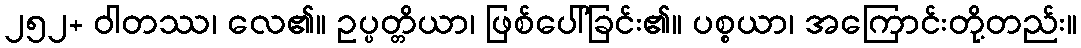
၂၅၂+ ဝါတဿ၊ လေ၏။ ဥပ္ပတ္တိယာ၊ ဖြစ်ပေါ်ခြင်း၏။ ပစ္စယာ၊ အကြောင်းတို့တည်း။